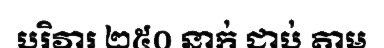
បរិវារ ២៥០ នាក់ ជាប់ តាម